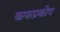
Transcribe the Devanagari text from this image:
कफप्रकोप